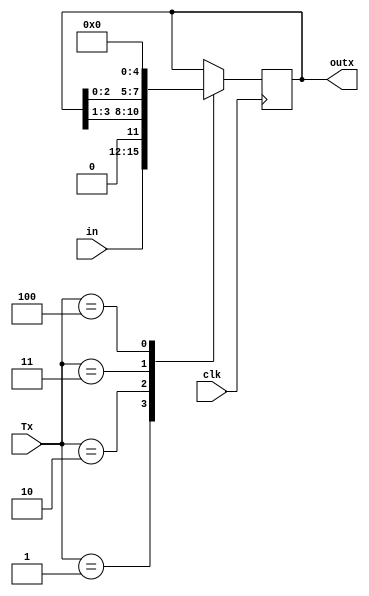
module RegistratorX (Tx, in, clk, outx);
	
	input wire clk;
	input wire [3:0] in;
	input wire [2:0] Tx;
	output reg [3:0] outx;
	
	parameter HOLD = 3'b000;
	parameter LOAD = 3'b001;
	parameter SHIFTR = 3'b010;
	parameter SHIFTL = 3'b011;
	parameter RESET = 3'b100;
	
	always @ (posedge clk) begin
		case (Tx)
			HOLD : begin
				outx <= outx;
				end
			LOAD : begin
				outx <= in;
				end
			SHIFTR : begin
				outx <= (outx >> 1);
				end
			SHIFTL : begin
				outx <= (outx << 1);
				end
			RESET : begin
				outx <= 4'b0000;
				end
		endcase	
	
			end
endmodule